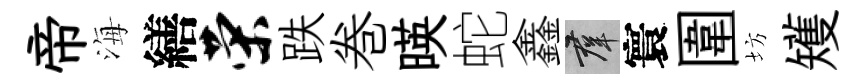
帝海繕荣跌巻暎蛇鑫群寰圍坊矱